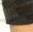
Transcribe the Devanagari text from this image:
गोर्गस